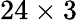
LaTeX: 24\times 3